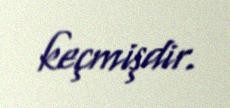
keçmişdir.